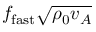
f _ { \mathrm { f a s t } } \sqrt { \rho _ { 0 } v _ { A } }